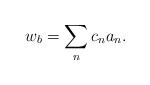
LaTeX: \begin{align*}w_b = \sum_{n} c_n a_n.\end{align*}